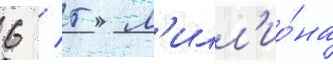
6 / 5 м'илл'ио́на